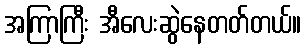
အကြာကြီး အီလေးဆွဲနေတတ်တယ်။